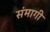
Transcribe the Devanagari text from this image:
संमागी